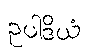
ဥပါဒိယံ